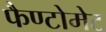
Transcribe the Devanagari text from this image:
फैण्टोमेट